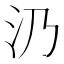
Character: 𣱽